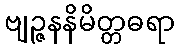
ဗျဉ္ဇနနိမိတ္တဓရာ